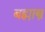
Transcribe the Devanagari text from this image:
बह्मास्त्र